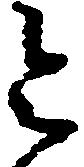
令